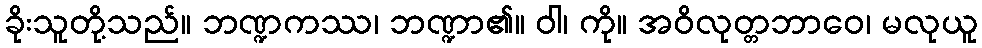
ခိုးသူတို့သည်။ ဘဏ္ဍကဿ၊ ဘဏ္ဍာ၏။ ဝါ၊ ကို။ အဝိလုတ္တဘာဝေ၊ မလုယူ